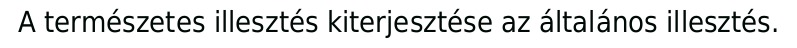
A természetes illesztés kiterjesztése az általános illesztés.